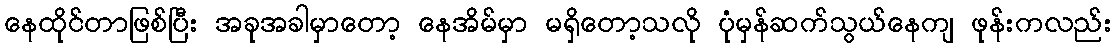
နေထိုင်တာဖြစ်ပြီး အခုအခါမှာတော့ နေအိမ်မှာ မရှိတော့သလို ပုံမှန်ဆက်သွယ်နေကျ ဖုန်းကလည်း